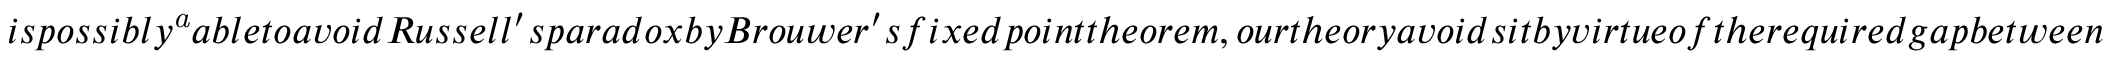
i s p o s s i b l y \footnote { V a r i o u s f r a g m e n t s o f t h i s t h e o r y w e r e s h o w n t o b e c o n s i s t e n t b y a f e w a u t h o r s i n t h e 1 9 5 0 s a n d 6 0 s . A f u l l c o n s i s t e n c y p r o o f w a s c l a i m e d b y W h i t e i n 1 9 7 9 , b u t a s e e m i n g l y f a t a l g a p w a s d i s c o v e r e d b y T e r u i i n 2 0 1 0 a n d c o n s i s t e n c y r e m a i n s a n o p e n p r o b l e m . } a b l e t o a v o i d R u s s e l l ^ { \prime } s p a r a d o x b y B r o u w e r ^ { \prime } s f i x e d p o i n t t h e o r e m , o u r t h e o r y a v o i d s i t b y v i r t u e o f t h e r e q u i r e d g a p b e t w e e n